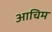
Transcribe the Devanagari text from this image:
आचिम